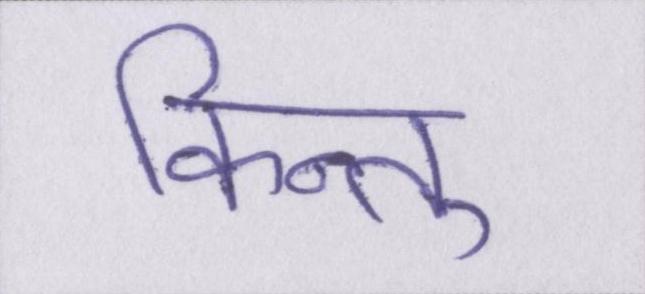
किन्तु